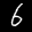
Label: 6